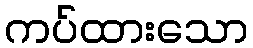
ကပ်ထားသော